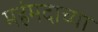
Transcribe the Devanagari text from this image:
महंमदाच्या